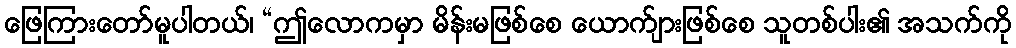
ဖြေကြားတော်မူပါတယ်၊ “ဤလောကမှာ မိန်းမဖြစ်စေ ယောက်ျားဖြစ်စေ သူတစ်ပါး၏ အသက်ကို